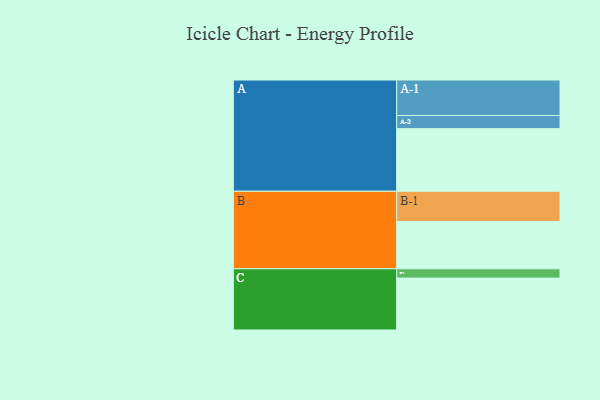
{"axis": {"x": "Segment", "y": "Value"}, "legend": ["", "A", "B", "C"], "data": [{"x": "A", "y": 492, "type": ""}, {"x": "B", "y": 371, "type": ""}, {"x": "C", "y": 408, "type": ""}, {"x": "A-1", "y": 279, "type": "A"}, {"x": "A-2", "y": 103, "type": "A"}, {"x": "B-1", "y": 238, "type": "B"}, {"x": "C-1", "y": 73, "type": "C"}]}